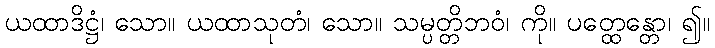
ယထာဒိဋ္ဌံ၊ သော။ ယထာသုတံ၊ သော။ သမ္ပတ္တိဘဝံ၊ ကို။ ပတ္ထေန္တော၊ ၍။